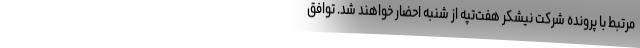
مرتبط با پرونده شرکت نیشکر هفت‌تپه از شنبه احضار خواهند شد. توافق